Annual report of lunatic asylums [Bombay] - 1912-1922
Year: 1912
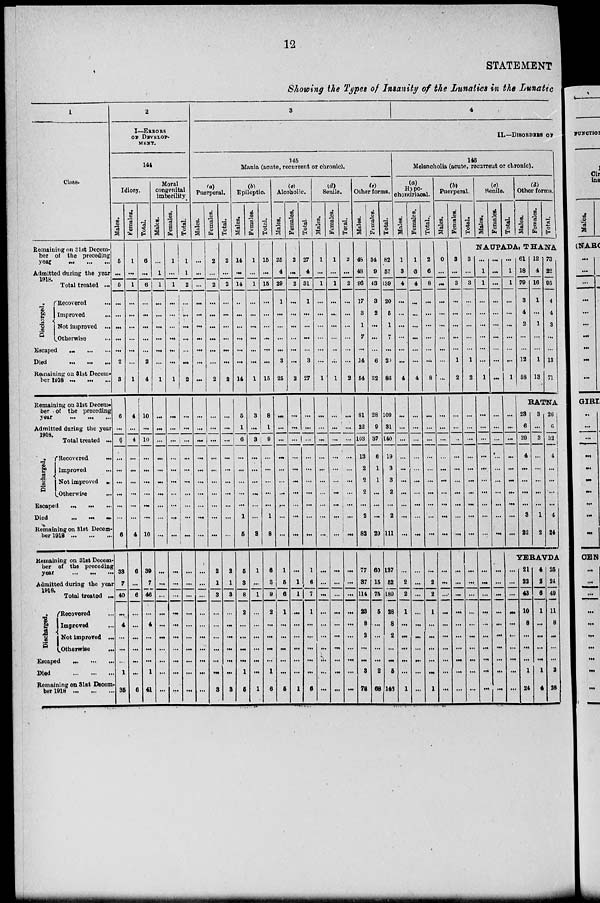
12
STATEMENT
Showing the Types of Insanity of the Lunatics in the Lunatic
1
Class.
Remaining on 31 st Decem-
ber of the preceding
year ... ... ...
Admitted during the year
1918.
Total treated ...
Discharged.
Recovered ...
Improved ...
Not improved ...
Otherwise ...
Escaped
...
...
...
Died
...
...
...
Remaining on 31st Decem-
ber 1918 ... ... ...
Remaining on 31st December
ber of the preceding
year ... ... ...
Admitted during the year
1918.
Total treated ...
Discharged.
Recovered
...
Improved ...
Not improved ...
Otherwise ...
Escaped
...
...
...
Died
...
...
...
Remaining on 31st Decem-
ber 1918
...
...
...
Remaining on 31st Decem-
ber of the preceding
year ... ... ...
Admitted during the year
1918.
Total treated ...
Discharged.
Recovered ...
Improved ...
Not improved ...
Otherwise
...
Escaped
...
...
...
Died
...
...
...
Remaining on 31st Decem-
ber 1918
...
...
...
2
I—ERRORS
OF DEVELOP-
MENT.
144
Idiocy.
Males.
5
...
5
...
...
...
...
...
2
3
6
...
6
...
...
...
...
...
...
6
33
7
40
...
4
...
...
...
1
35
Females.
1
...
1
...
...
...
...
...
...
1
4
...
4
...
...
...
...
...
...
4
6
...
6
...
...
...
...
...
...
6
Total.
6
...
6
...
...
...
...
...
2
4
10
...
10
...
...
...
...
...
...
10
39
7
46
...
4
...
...
...
1
41
Moral
congenital
imbecility
Males.
...
1
1
...
...
...
...
...
...
1
...
...
...
...
...
...
...
...
...
...
...
...
...
...
...
...
...
...
...
...
Females.
1
...
1
...
...
...
...
...
...
1
...
...
...
...
...
...
...
...
...
...
...
...
...
...
...
...
...
...
...
...
Total.
1
1
2
...
...
...
...
...
...
2
...
...
...
...
...
...
...
...
...
...
...
...
...
...
...
...
...
...
...
...
3
4
II.—DISORDERS OF
145
Mania (acute, recurrent or chronic).
(a)
Puerperal.
Males.
...
...
...
...
...
...
...
...
...
...
...
...
...
...
...
...
...
...
...
...
...
...
...
...
...
...
...
...
...
...
Females.
2
...
2
...
...
...
...
...
...
2
...
...
...
...
...
...
...
...
...
...
2
1
3
...
...
...
...
...
...
3
Total.
2
...
2
...
...
...
...
...
...
2
...
...
...
...
...
...
...
...
...
...
2
1
3
...
...
...
...
...
...
3
(b)
Epileptic.
Males.
14
...
14
...
...
...
...
...
...
14
5
1
6
...
...
...
...
...
1
5
5
3
8
2
...
...
...
...
1
5
Females.
1
...
1
...
...
...
...
...
...
1
3
...
3
...
...
...
...
...
...
3
1
...
1
...
...
...
...
...
...
1
Total.
15
...
15
...
...
...
...
...
...
15
8
1
9
...
...
...
...
...
1
8
6
3
9
2
...
...
...
...
1
6
(c)
Alcoholic.
Males.
25
4
29
1
...
...
...
...
3
25
...
...
...
...
...
...
...
...
...
...
1
5
6
1
...
...
...
...
...
5
Females.
2
...
2
...
...
...
...
...
...
2
...
...
...
...
...
...
...
...
...
...
...
1
1
...
...
...
...
...
...
1
Total.
27
4
31
1
...
...
...
...
3
27
...
...
...
...
...
...
...
...
...
...
1
6
7
1
...
...
...
...
...
6
(d)
Senile.
Males.
1
...
1
...
...
...
...
...
...
1
...
...
...
...
...
...
...
...
...
...
...
...
...
...
...
...
...
...
...
...
Females.
1
...
1
...
...
...
...
...
...
1
...
...
...
...
...
...
...
...
...
...
...
...
...
...
...
...
...
...
...
...
Total.
2
...
2
...
...
...
...
...
...
2
...
...
...
...
...
...
...
...
...
...
...
...
...
...
...
...
...
...
...
...
(e)
Other forms.
Males.
48
48
96
17
3
1
7
...
14
54
81
22
103
13
2
2
2
...
2
82
77
37
114
23
8
2
...
...
3
78
Females.
34
9
43
3
2
...
...
...
6
32
28
9
37
6
1
1
...
...
...
29
60
15
75
5
...
...
...
...
2
68
Total.
82
57
139
20
5
1
7
...
20
86
109
31
140
19
3
3
2
...
2
111
137
52
189
28
8
2
...
...
5
146
146
Melancholia (acute, recurrent or chronic).
(a)
Hypo-
chondriacal.
Males.
1
3
4
...
...
...
...
...
...
4
...
...
...
...
...
...
...
...
...
...
...
2
2
1
...
...
...
...
...
1
Females.
1
3
4
...
...
...
...
...
...
4
...
...
...
...
...
...
...
...
...
...
...
...
...
...
...
...
...
...
...
...
Total.
2
6
8
...
...
...
...
...
...
8
...
...
...
...
...
...
...
...
...
...
...
2
2
1
...
...
...
...
...
1
(b)
Puerperal.
Males.
0
...
...
...
...
...
...
...
...
...
...
...
...
...
...
...
...
...
...
...
...
...
...
...
...
...
...
...
...
...
Females.
3
...
3
...
...
...
...
...
1
2
...
...
...
...
...
...
...
...
...
...
...
...
...
...
...
...
...
...
...
...
Total.
3
...
3
...
...
...
...
...
1
2
...
...
...
...
...
...
...
...
...
...
...
...
...
...
...
...
...
...
...
...
(c)
Senile.
Males.
Females.
Total.
(d)
Other forms.
Males.
Females.
Total.
NAUPADA.
THANA
...
1
1
...
...
...
...
...
...
1
...
...
...
...
...
...
...
...
...
...
...
...
...
...
...
...
...
...
...
...
...
...
...
...
...
...
...
...
...
...
...
...
...
...
...
...
...
...
...
...
...
...
...
...
...
...
...
...
...
...
...
1
1
...
...
...
...
...
...
1
...
...
...
...
...
...
...
...
...
...
61
18
79
3
4
2
...
...
12
58
12
4
16
1
...
1
...
...
1
13
73
22
95
4
4
3
...
...
13
71
RATNA
23
6
29
4
...
...
...
...
3
22
3
...
3
...
...
...
...
...
1
2
26
6
32
4
...
...
...
...
4
24
YERAVDA
...
...
...
...
...
...
...
...
...
21
22
43
10
8
...
...
...
1
24
4
2
6
1
...
...
...
...
1
4
25
24
49
11
8
...
...
...
2
28